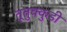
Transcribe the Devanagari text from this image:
तूतुक्कुडी